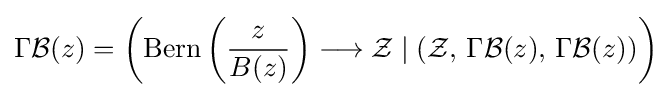
\Gamma {\mathcal {B}}(z)=\left(\operatorname {Bern} \left({\frac {z}{B(z)}}\right)\longrightarrow {\mathcal {Z}}\mid \left({\mathcal {Z}},\,\Gamma {\mathcal {B}}(z),\,\Gamma {\mathcal {B}}(z)\right)\right)